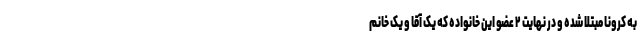
به کرونا مبتلا شده و در نهایت ۲ عضو این خانواده که یک آقا و یک خانم